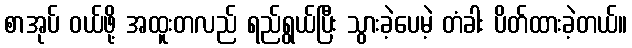
စာအုပ် ဝယ်ဖို့ အထူးတလည် ရည်ရွယ်ပြီး သွားခဲ့ပေမဲ့ တံခါး ပိတ်ထားခဲ့တယ်။